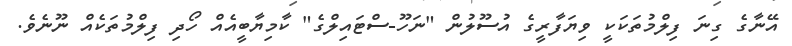
އޭނާގެ ގިނަ ފިލްމުތަކަކީ ވިޔަފާރީގެ އުސޫލުން "ނަހޫ-ސްޓައިލްގެ" ކާމިޔާބީއެއް ހޯދި ފިލްމުތަކެއް ނޫނެވެ.